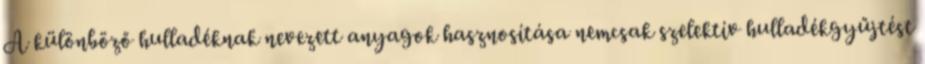
A különböző hulladéknak nevezett anyagok hasznosítása nemcsak szelektív hulladékgyűjtést